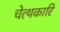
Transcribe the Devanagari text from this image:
चेत्थकारि